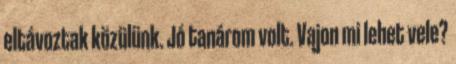
eltávoztak közülünk. Jó tanárom volt. Vajon mi lehet vele?